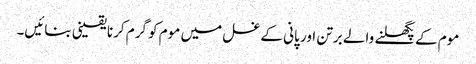
موم کے پگھلنے والے برتن اور پانی کے غسل میں موم کو گرم کرنا یقینی بنائیں۔